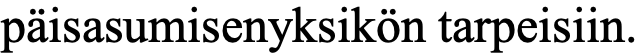
päisasumisenyksikön tarpeisiin.